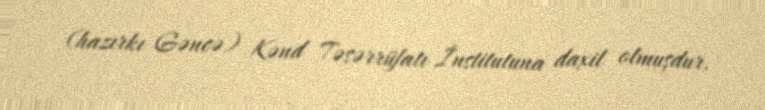
(hazırkı Gəncə) Kənd Təsərrüfatı İnstitutuna daxil olmuşdur.